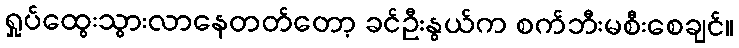
ရှုပ်ထွေးသွားလာနေတတ်တော့ ခင်ဦးနွယ်က စက်ဘီးမစီးစေချင်။